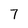
Character: 7